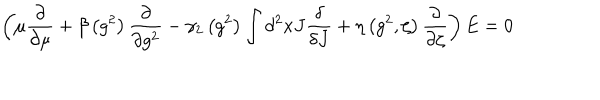
\left( \mu \frac { \partial } { \partial \mu } + \beta \left( g ^ { 2 } \right) \frac { \partial } { \partial g ^ { 2 } } - \gamma _ { 2 } \left( g ^ { 2 } \right) \int d ^ { 2 } x J \frac { \delta } { \delta J } + \eta \left( g ^ { 2 } , \zeta \right) \frac { \partial } { \partial \zeta } \right) E = 0